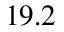
1 9 . 2